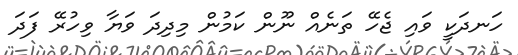
ހަނދަކީ ވައި ޖެހޭ ތަނެއް ނޫން ކަމުން މިދިދަ ވަޔާ ވިހުރޭ ފަދަ